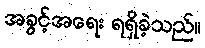
အခွင့်အရေး ရရှိခဲ့သည်။